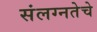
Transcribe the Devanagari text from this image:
संलग्नतेचे